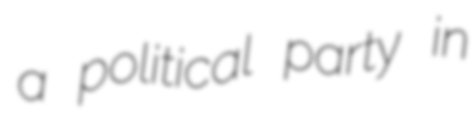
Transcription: a political party in